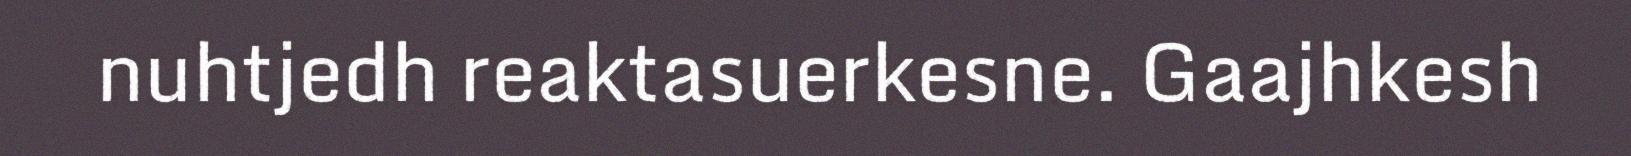
nuhtjedh reaktasuerkesne. Gaajhkesh